Reports on military cantonments and civil stations in the Presidency of Bombay inspected by the Sanitary Commissioner in the years 1875 and 1876
Year: 1875
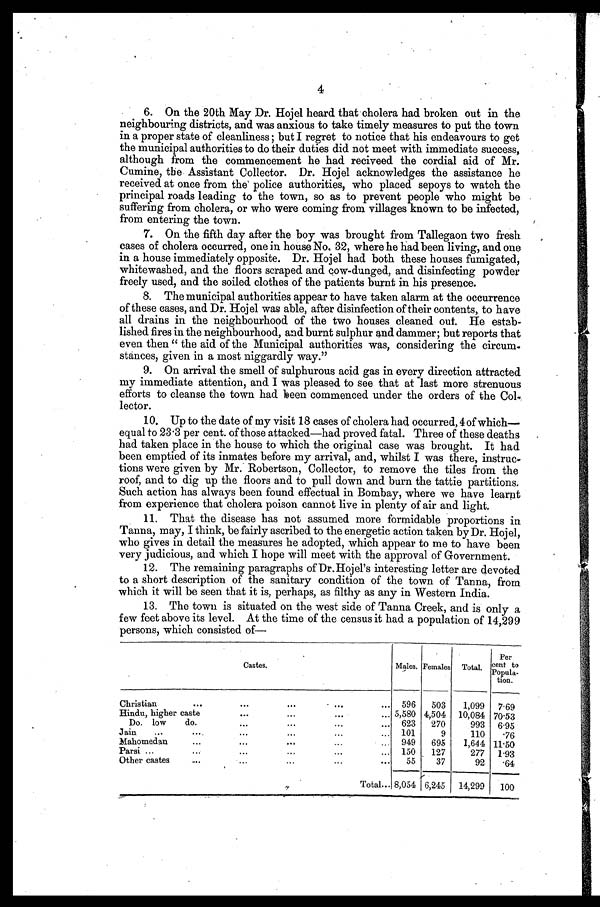
4
6. On the 20th May Dr. Hojel heard that cholera had broken out in the
neighbouring districts, and was anxious to take timely measures to put the town
in a proper state of cleanliness; but I regret to notice that his endeavours to get
the municipal authorities to do their duties did not meet with immediate success,
although from the commencement he had reciveed the cordial aid of Mr.
Cumine, the Assistant Collector. Dr. Hojel acknowledges the assistance he
received at once from the' police authorities, who placed sepoys to watch the
principal roads leading to the town, so as to prevent people who might be
suffering from cholera, or who were coming from villages known to be infected,
from entering the town.
7. On the fifth day after the boy was brought from Tallegaon two fresh
,
cases of cholera occurred, one in house No. 32, where he had been living, and one
in a house immediately opposite. Dr. Hojel had both these houses fumigated,
whitewashed, and the floors scraped. and cow-dunged, and disinfecting powder
freely used, and the soiled clothes of the patients burnt in his presence.
8. The municipal authorities appear to have taken alarm at the occurrence
of these cases, and Dr. Hojel was able, after disinfection of their contents, to have
all drains in the neighbourhood of the two houses cleaned out. He estab-
lished fires in the neighbourhood, and burnt sulphur and dammer; but reports that
even then " the aid of the Municipal authorities was, considering the circum
stances, given in a most niggardly way."
9. On arrival the smell of sulphurous acid gas in every direction attracted
my immediate attention, and I was pleased to see that at last more strenuous
efforts to cleanse the town had ken commenced. under the orders of the Col-
lector.
10. Up to the date of my visit 18 cases of cholera had occurred, 4 of which—
equal to 23'3 per cent. of those attacked—had proved. fatal. Three of these deaths .
had taken place in the house to which the original case was brought. It had
been emptied of its inmates before my arrival, and, whilst I was there,
instruc-tions were given by Mr. Robertson, Collector, to remove the tiles from the
roof, and to dig up the floors and to pull down and burn the tattie partitions.
Such action has always been found effectual in Bombay, where we have learnt
from experience that cholera poison cannot live in plenty of air and light.
11. That the disease has not assumed more formidable proportions in
Tanna, may, I think, be fairly ascribed to the energetic action taken by Dr. Hojel,
who gives in detail the measures he adopted, which appear to me to have been
very judicious, and which I hope will meet with the approval of Government.
12. The remaining paragraphs of Dr.Hojel's interesting letter are devoted
to a short description of the sanitary condition of the town of Tanna, from
which it will be seen that it is, perhaps, as filthy as any in Western India.
13. The town is situated on the west side of Tanna Creek, and is only a
few feet above its level. At the time of the census it had a population of 14,299
persons, which consisted of—
Castes.
.
Males, Females
Total.
Per
cent to
Popula-
tion.
Christian
...
...
...
. ...
. . .
596
503
1,099
7.69
Hindu, higher caste
...
...
...
... 5,580 4,504
10,084 70 .53
Do. low
do.
...
...
...
. . . 623
270
993
6.95
Jain
...
....
...
...
...
101
9
110
.76
Ilahomedau
...
...
...
...
949
695
1,644 11 . 50
Parsi ...
...
...
...
.-.
...
150
127
277
1 .93
Other castes
....
...
...
...
55
37
92
.64
.
Total... 8,054 6,245
14,299
100